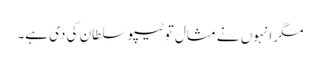
مگر انہوں نے مثال تو ٹیپو سلطان کی دی ہے۔